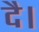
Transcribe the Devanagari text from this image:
दै।